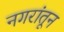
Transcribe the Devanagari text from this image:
नगरांतून